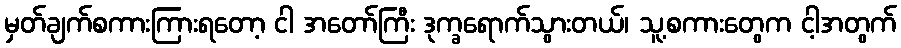
မှတ်ချက်စကားကြားရတော့ ငါ အတော်ကြီး ဒုက္ခရောက်သွားတယ်၊ သူ့စကားတွေက ငါ့အတွက်